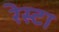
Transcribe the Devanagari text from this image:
रेस्टा